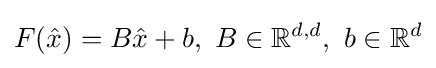
F({\hat {x}})=B{\hat {x}}+b,~B\in \mathbb {R} ^{d,d},~b\in \mathbb {R} ^{d}